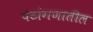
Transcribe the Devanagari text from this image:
पटांगणातील